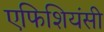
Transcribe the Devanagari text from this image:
एफिशियंसी